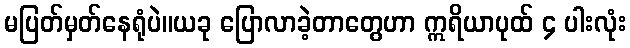
မပြတ်မှတ်နေရုံပဲ။ယခု ပြောလာခဲ့တာတွေဟာ ဣရိယာပုထ် ၄ ပါးလုံး